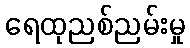
ရေထုညစ်ညမ်းမှု